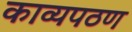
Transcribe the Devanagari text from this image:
काव्यपठण